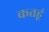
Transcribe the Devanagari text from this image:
कतहूं